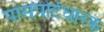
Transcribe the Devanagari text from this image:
पासपोर्टधारक